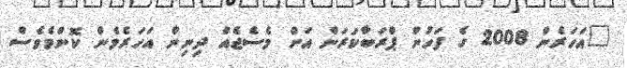
"އަހަރެން 2008 ގެ ފަހުން ޕްރަބާކަރަން އަށް މެސެޖެއް ދިނިން އަހަރެމެން ކޮންމެވެސް